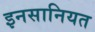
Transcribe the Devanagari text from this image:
इनसानियत